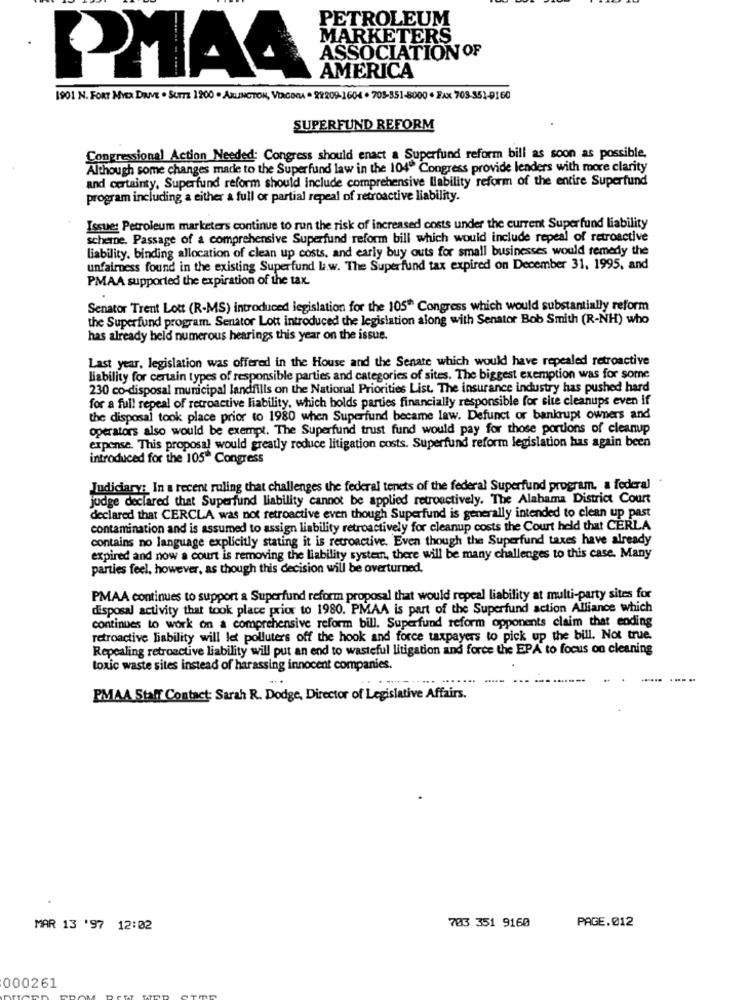
PETROLEUM
MARKETERS
ASSOCIATION OF
PMA4
AMERICA
1901 N. FORT MYER DIVE . SUITE 1200 . ARLINGTON, VIRCONA . 22209-1604 . 705-351-8000 · FAX 708-351-9160
SUPERFUND REFORM
Congressional Action Needed: Congress should enact a Superfund reform bill as soon as possible.
Although some changes made to the Superfund law in the 104º Congress provide lenders with more clarity
and certainty, Superfund reform should include comprehensive Ilability reform of the entire Superfund
program including a either a full or partial repeal of retroactive liability.
Issue: Petroleum marketers continue to run the risk of increased costs under the current Superfund liability
scheme. Passage of a comprehensive Superfund reform bill which would include repeal of retroactive
liability. binding allocation of clean up costs, and early buy outs for small businesses would remedy the
unfairness found in the existing Superfund la.w. The Superfund tax expired on December 31, 1995, and
PMAA supported the expiration of the tax.
Senator Trent Lott (R-MS) introduced legislation for the 105" Congress which would substantially reform
the Superfund program. Senator Lott introduced the legislation along with Senator Bob Smith (R-NH) who
has already held numerous hearings this year on the issue.
Last year, legislation was offered in the House and the Senate which would have repealed retroactive
liability for certain types of responsible parties and categories of sites. The biggest exemption was for some
230 co-disposal municipal landfills on the National Priorities List. The insurance industry has pushed hard
for a full repeal of retroactive liability, which holds parties financially responsible for site cleanups even if
the disposal took place prior to 1980 when Superfund became law. Defunct or bankrupt owners and
operators also would be exempt. The Superfund trust fund would pay for those portions of cleanup
expense. This proposal would greatly reduce litigation costs. Superfund reform legislation has again been
introduced for the 105" Congress
Judiciary: In a recent ruling that challenges the federal tenets of the federal Superfund program, a federal
judge declared that Superfund liability cannot be applied retroactively. The Alabama District Court
declared that CERCLA was not retroactive even though Superfund is generally intended to clean up past
contamination and is assumed to assign liability retroactively for cleanup costs the Court held that CERLA
contains no language explicitly stating it is retroactive. Even though the Superfund taxes have already
expired and now a court is removing the liability system, there will be many challenges to this case. Many
parties feel, however, as though this decision will be overturned.
PMAA continues to support a Superfund reform proposal that would repeal liability at multi-party sites for
disposal activity that took place prior to 1980. PMAA is part of the Superfund action Alliance which
continues to work on a comprehensive reform bill. Superfund reform opponents claim that ending
retroactive liability will let polluters off the hook and force taxpayers to pick up the bill, Not true.
Repealing retroactive liability will put an end to wasteful litigation and force the EPA to focus on cleaning
toxic waste sites instead of harassing innocent companies.
...
PMAA Staff Contact: Sarah R. Dodge, Director of Legislative Affairs.
703 351 9160
MAR 13 '97 12:02
PAGE.012
000261